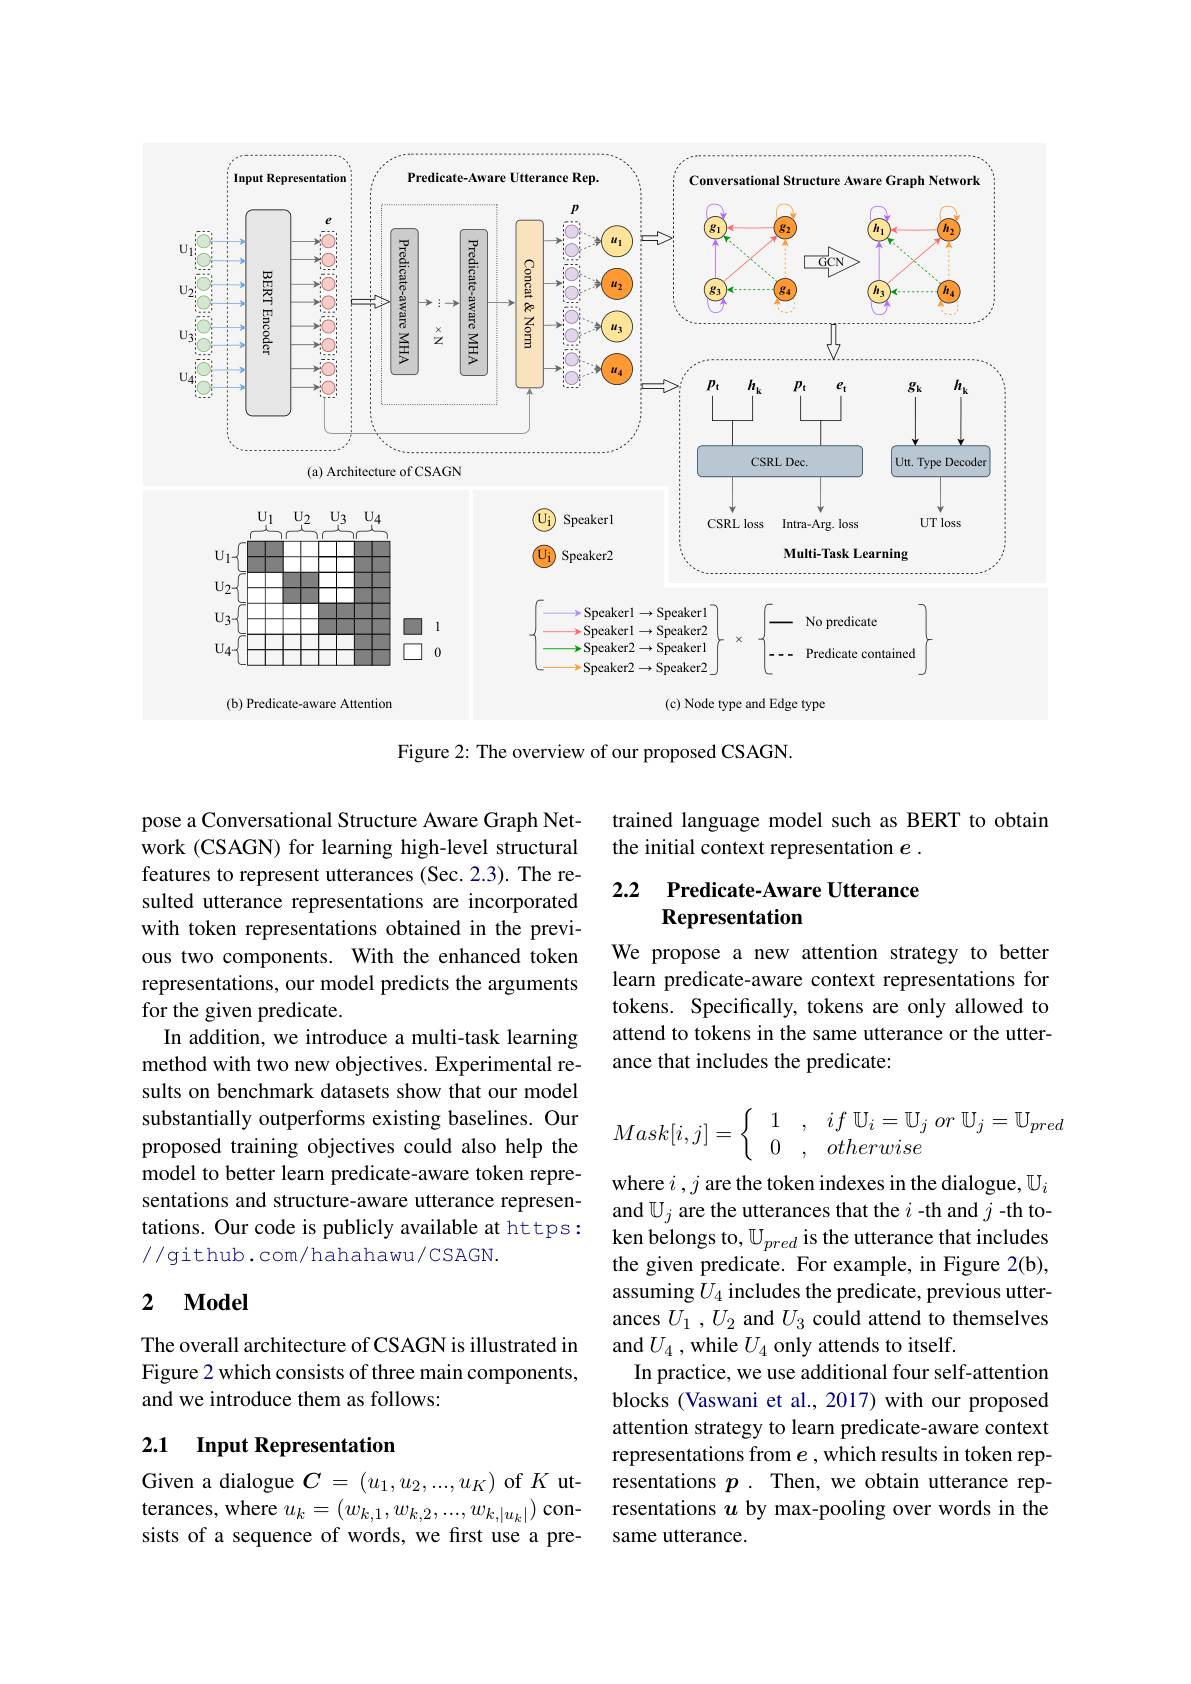
<FigureHere>
Figure 2: The overview of our proposed CSAGN.

pose a Conversational Structure Aware Graph Network (CSAGN) for learning high-level structural features to represent utterances (Sec.2.3). The resulted utterance representations are incorporated with token representations obtained in the previous two components. With the enhanced token representations, our model predicts the arguments for the given predicate.
In addition, we introduce a multi-task learning method with two new objectives. Experimental results on benchmark datasets show that our model substantially outperforms existing baselines. Our proposed training objectives could also help the model to better learn predicate-aware token representations and structure-aware utterance representations. Our code is publicly available at https: //github.com/hahahawu/CSAGN.

## 2 $\mathbf{Model}$

The overall architecture of CSAGN is illustrated in Figure 2 which consists of three main components, and we introduce them as follows:

## 2.1 Input Representation

Given a dialogue $C=(u_1,u_2,...,u_K)$ of $K$ utterances, where $u_k=(w_{k,1},w_{k,2},...,w_{k,|u_{k}|})$ consists of a sequence of words, we first use a pre-

trained language model such as BERT to obtain
the initial context representation $e.$

## 2.2 Predicate-Aware Utterance Representation

We propose a new attention strategy to better learn predicate-aware context representations for tokens. Specifically, tokens are only allowed to attend to tokens in the same utterance or the utterance that includes the predicate:
$$Mask[i,j]=\begin{cases}&1&,&if\:\mathbb{U}_i=\mathbb{U}_j\:or\:\mathbb{U}_j=\mathbb{U}_{pred}\\&0&,&otherwise\end{cases}$$
where $i,j$ are the token indexes in the dialogue, $\mathbb{U}_i$ and $\mathbb{U}_j$ are the utterances that the $i$ -th and $j$-th token belongs to, $\mathbb{U}_pred$ is the utterance that includes the given predicate. For example, in Figure 2(b), assuming $U_4$ includes the predicate, previous utterances $U_1,U_2$ and $U_3$ could attend to themselves and $U_{4}$ , while $U_{4}$ only attends to itself.
In practice, we use additional four self-attention blocks (Vaswani et al., 2017) with our proposed attention strategy to learn predicate-aware context representations from $e$ , which results in token representations $p.$ Then, we obtain utterance representations $u$ by max-pooling over words in the same utterance.